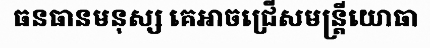
ធនធានមនុស្ស គេអាចជ្រើសមន្ត្រីយោធា